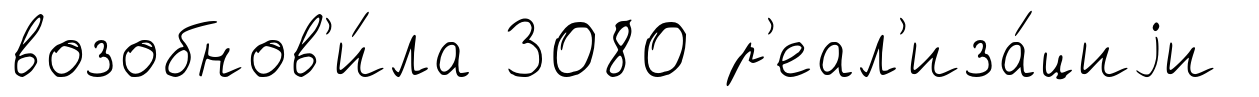
возобнов'и́ла 3080 р'еал'иза́циjи